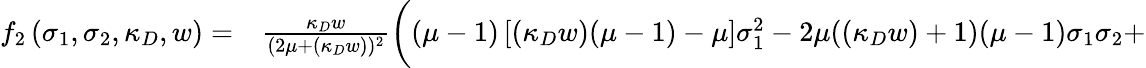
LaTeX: \begin{array}{rl}{f_{2}\left(\sigma_{1},\sigma_{2},\kappa_{D},w\right)=}&{{}\frac{\kappa_{D}w}{(2\mu+(\kappa_{D}w))^{2}}\bigg((\mu-1)\left[(\kappa_{D}w)(\mu-1)-\mu\right]\sigma_{1}^{2}-2\mu((\kappa_{D}w)+1)(\mu-1)\sigma_{1}\sigma_{2}+}\end{array}